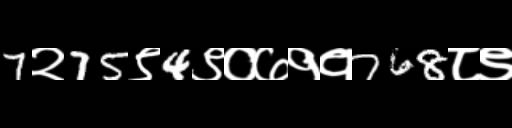
Text: 7२75९4९०७११768८९